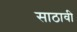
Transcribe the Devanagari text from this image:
साठावी